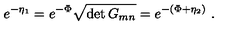
e ^ { - \eta _ { 1 } } = e ^ { - \Phi } \sqrt { \det G _ { m n } } = e ^ { - ( \Phi + \eta _ { 2 } ) } \ .